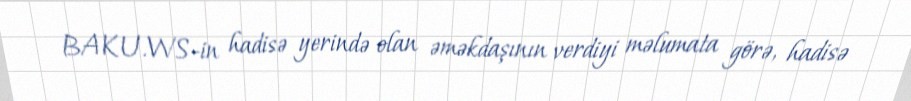
BAKU.WS-in hadisə yerində olan əməkdaşının verdiyi məlumata görə, hadisə